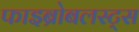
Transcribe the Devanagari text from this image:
फाइब्रोबलस्ट्स